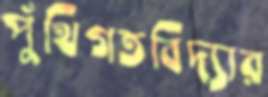
পুঁথিগতবিদ্যার